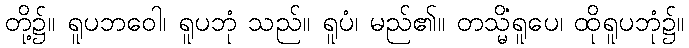
တို့၌။ ရူပဘဝေါ၊ ရူပဘုံ သည်။ ရူပံ၊ မည်၏။ တသ္မိံရူပေ၊ ထိုရူပဘုံ၌။